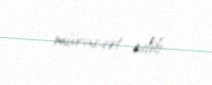
müraciət edib.